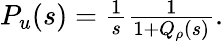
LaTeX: \begin{array}{r}{{P}_{u}(s)=\frac{1}{s}\frac{1}{1+Q_{\rho}(s)}.}\end{array}